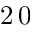
2 \, 0